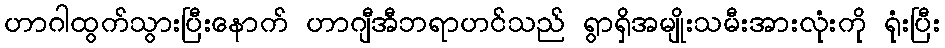
ဟာဂါထွက်သွားပြီးနောက် ဟာဂျီအီဘရာဟင်သည် ရွာရှိအမျိုးသမီးအားလုံးကို ရုံးပြီး